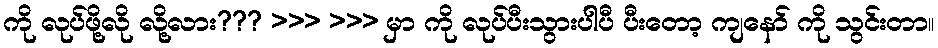
ကို လုပ်ဖို့လို လို့လား??? >>> >>> မှာ ကို လုပ်ပီးသွားပါပီ ပီးတော့ ကျနော် ကို သွင်းတာ။